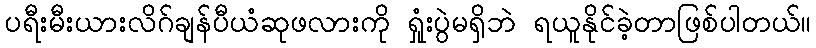
ပရီးမီးယားလိဂ်ချန်ပီယံဆုဖလားကို ရှုံးပွဲမရှိဘဲ ရယူနိုင်ခဲ့တာဖြစ်ပါတယ်။